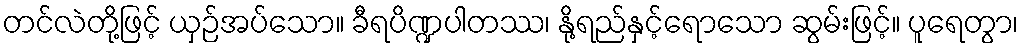
တင်လဲတို့ဖြင့် ယှဉ်အပ်သော။ ခီရပိဏ္ဍပါတဿ၊ နို့ရည်နှင့်ရောသော ဆွမ်းဖြင့်။ ပူရေတွာ၊